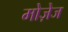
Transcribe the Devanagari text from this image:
मोज़ेज